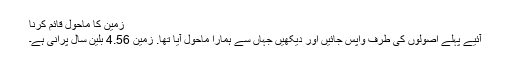
زمین کا ماحول قائم کرنا
آئیے پہلے اصولوں کی طرف واپس جائیں اور دیکھیں جہاں سے ہمارا ماحول آیا تھا. زمین 4.56 بلین سال پرانی ہے۔